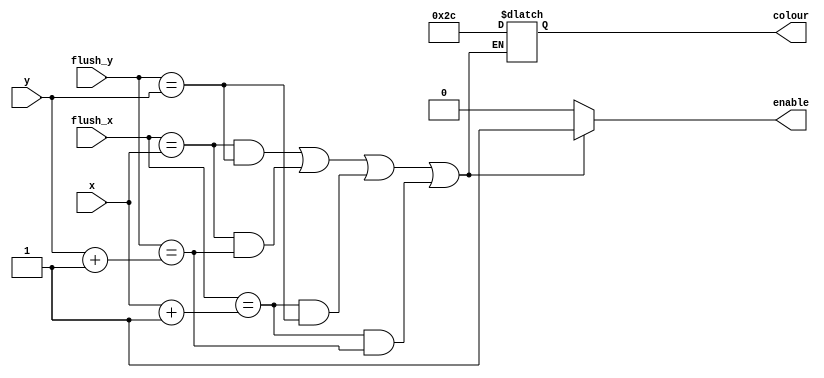
module bullet_graphic(x, y, flush_x, flush_y, colour, enable);

	input [6:0] x;
	input [6:0] y;
	input [6:0] flush_x;
	input [6:0] flush_y;
	output reg [5:0] colour;
	output reg enable;
	
	always@(*) begin
		if(flush_x == x && flush_y == y || flush_x == x && flush_y == y + 1 || flush_x == x + 1 && flush_y == y || flush_x == x + 1 && flush_y == y + 1) begin
			colour <= 6'b101100;
			enable <= 1;
		end
		else begin
			enable <= 0;
		end
	end

endmodule